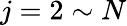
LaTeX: j=2\sim N